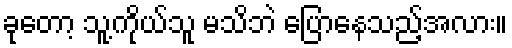
ခုတော့ သူ့ကိုယ်သူ မသိဘဲ ပြောနေသည့်အလား။